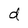
Character: d